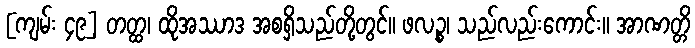
[ကျမ်း ၄၉] တတ္ထ၊ ထိုအဿာဒ အစရှိသည်တို့တွင်။ ဖလဉ္စ၊ သည်လည်းကောင်း။ အာဏတ္တိ